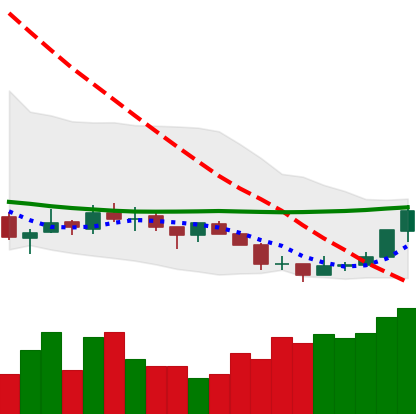
Ticker: TRX-USD
Chart end date: 2018-07-17
Forward return: -11.66%
Label: down_7plus